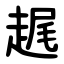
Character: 趘